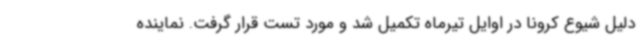
دلیل شیوع کرونا در اوایل تیرماه تکمیل شد و مورد تست قرار گرفت. نماینده